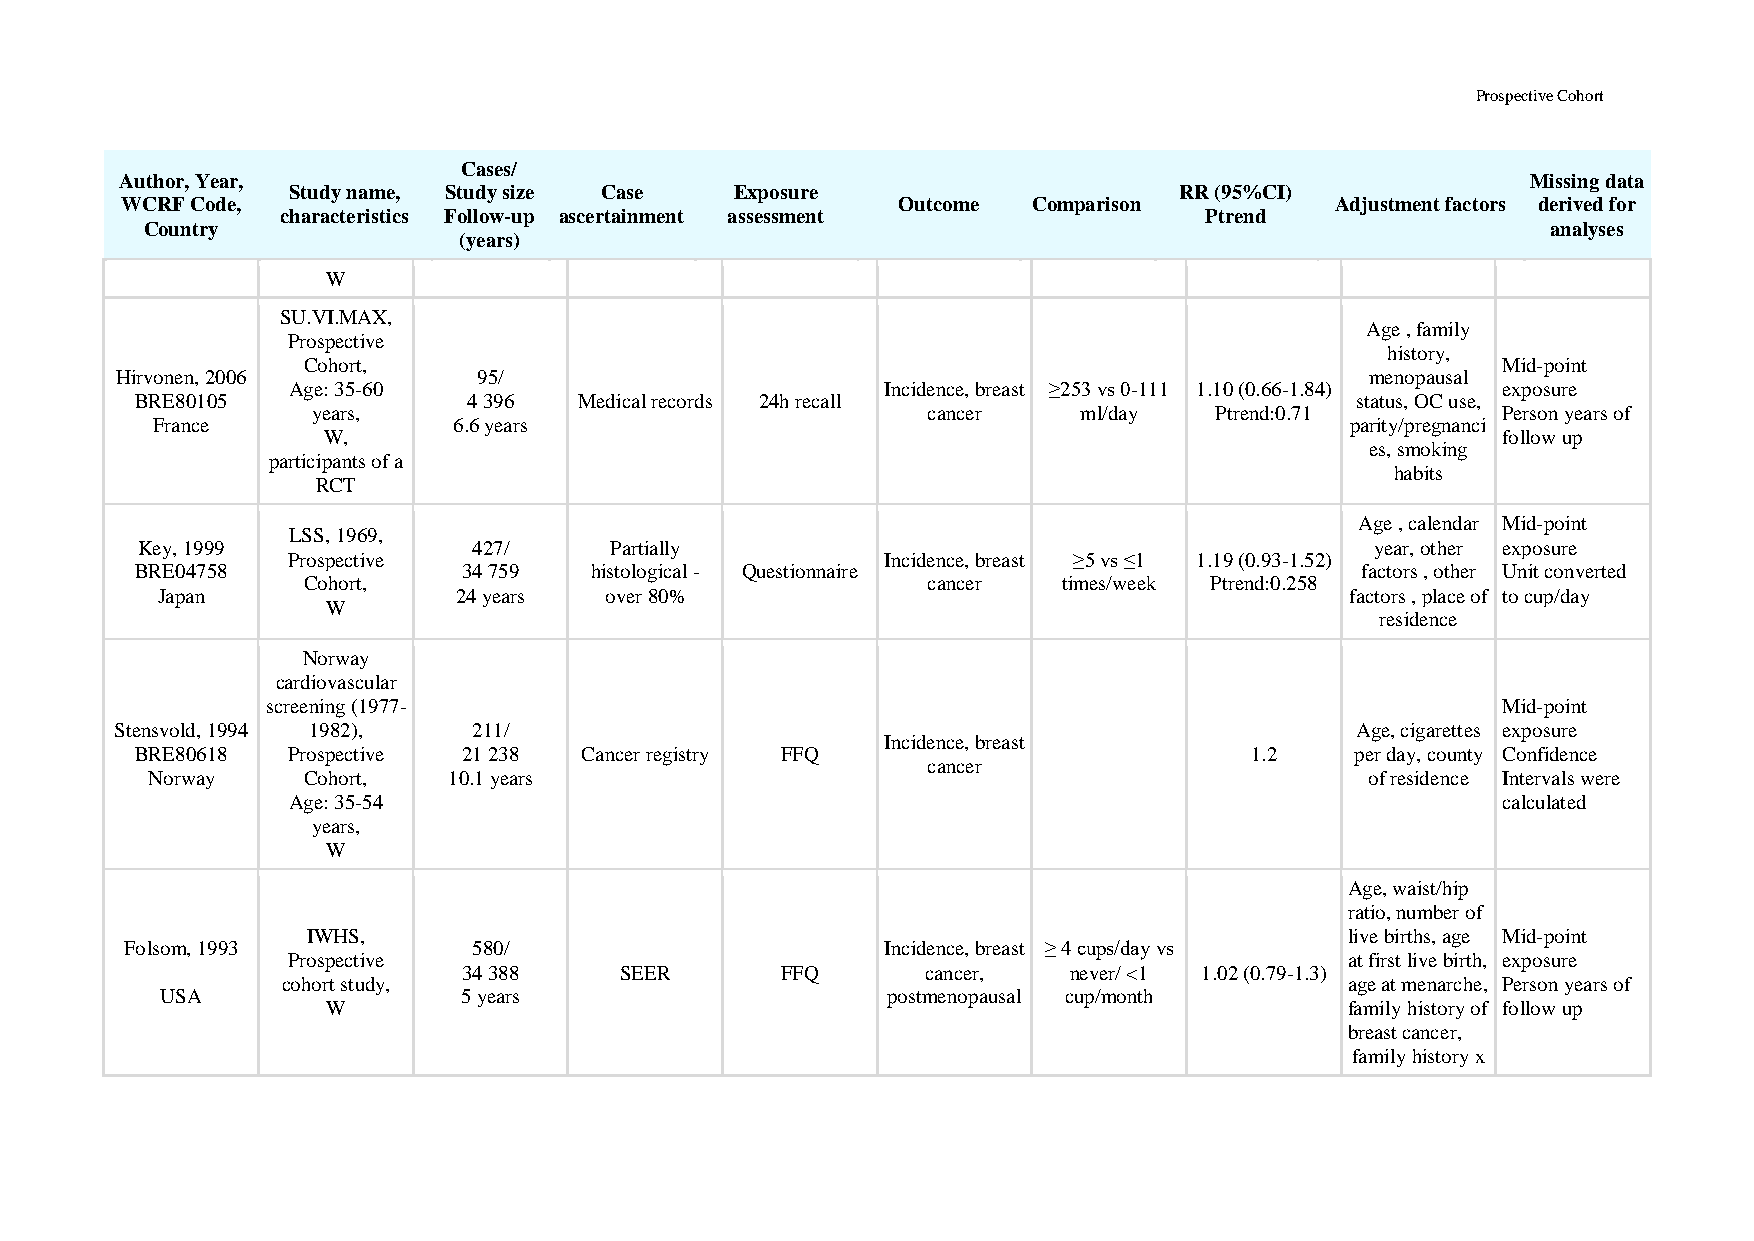
Prospective Cohort
 Cases/
 Author, Year,                                                                                Missing data
 Study name, Study size Case   Exposure                     RR (95%CI)
 WCRF Code,                                         Outcome  Comparison          Adjustment factors derived for
 characteristics Follow-up ascertainment assessment           Ptrend
 Country                                                                                      analyses
 (years)
 W
 SU.VI.MAX,
 Age , family
 Prospective
 history,
 Cohort,                                                                        Mid-point
 Hirvonen, 2006          95/                                                        menopausal
 Age: 35-60                              Incidence, breast ≥253 vs 0-111 1.10 (0.66-1.84) exposure
 BRE80105              4 396  Medical records 24h recall                          status, OC use,
 years,                                  cancer     ml/day  Ptrend:0.71        Person years of
 France              6.6 years                                                  parity/pregnanci
 W,                                                                            follow up
 es, smoking
 participants of a
 habits
 RCT
 Age , calendar Mid-point
 LSS, 1969,
 Key, 1999             427/     Partially                                          year, other exposure
 Prospective                             Incidence, breast ≥5 vs ≤1 1.19 (0.93-1.52)
 BRE04758              34 759  histological - Questionnaire                       factors , other Unit converted
 Cohort,                                  cancer   times/week Ptrend:0.258
 Japan               24 years  over 80%                                         factors , place of to cup/day
 W
 residence
 Norway
 cardiovascular
 screening (1977-                                                                 Mid-point
 Stensvold, 1994 1982), 211/                                                       Age, cigarettes exposure
 Incidence, breast
 BRE80618  Prospective 21 238 Cancer registry FFQ                          1.2    per day, county Confidence
 cancer
 Norway    Cohort,   10.1 years                                                   of residence Intervals were
 Age: 35-54                                                                      calculated
 years,
 W
 Age, waist/hip
 ratio, number of
 IWHS,                                                                live births, age Mid-point
 Folsom, 1993           580/                        Incidence, breast ≥ 4 cups/day vs
 Prospective                                                           at first live birth, exposure
 34 388    SEER       FFQ      cancer,   never/ <1 1.02 (0.79-1.3)
 cohort study,                                                         age at menarche, Person years of
 USA                 5 years                     postmenopausal cup/month
 W                                                                  family history of follow up
 breast cancer,
 family history x